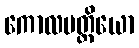
ကောလမတ္တိယော